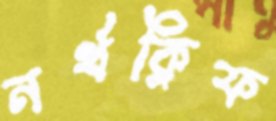
নর্থক্লিফ